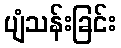
ပျံသန်းခြင်း